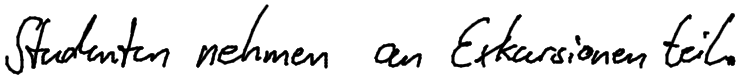
Studenten nehmen an Exkursionen teil.